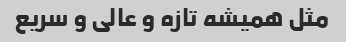
مثل همیشه تازه و عالی و سریع